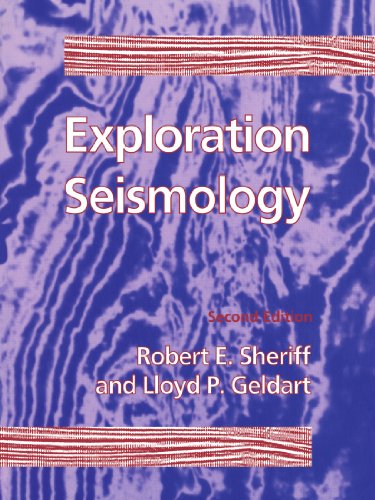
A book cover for Exploration Seismology; R. E. Sheriff; Science & Math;